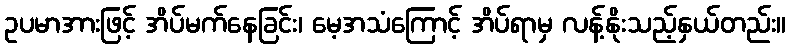
ဥပမာအားဖြင့် အိပ်မက်နေခြင်း၊ မေ့အသံကြောင့် အိပ်ရာမှ လန့်နိုးသည့်နှယ်တည်း။